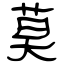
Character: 莫